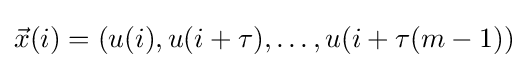
{\vec {x}}(i)=(u(i),u(i+\tau ),\ldots ,u(i+\tau (m-1))